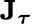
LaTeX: \mathbf{J}_{\boldsymbol{\tau}}